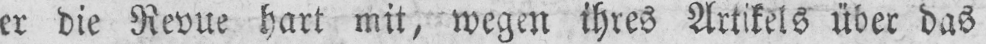
er die Revue hart mit, wegen ihres Artikels über das